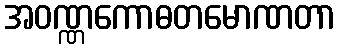
အဝဏ္ဏကောဓတမောဏတာ